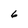
Character: 6